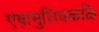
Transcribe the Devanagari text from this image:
एष़ामुत्तिक्कळि